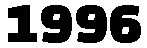
1996